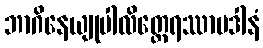
ဘာဂိနေယျုပါလိတ္ထေရဿာပဒါနံ